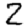
Digit: 2